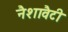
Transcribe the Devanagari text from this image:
नैशावैटी